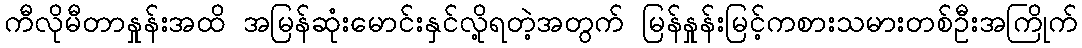
ကီလိုမီတာနှုန်းအထိ အမြန်ဆုံးမောင်းနှင်လို့ရတဲ့အတွက် မြန်နှုန်းမြင့်ကစားသမားတစ်ဦးအကြိုက်